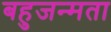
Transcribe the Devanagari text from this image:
बहुजन्मता